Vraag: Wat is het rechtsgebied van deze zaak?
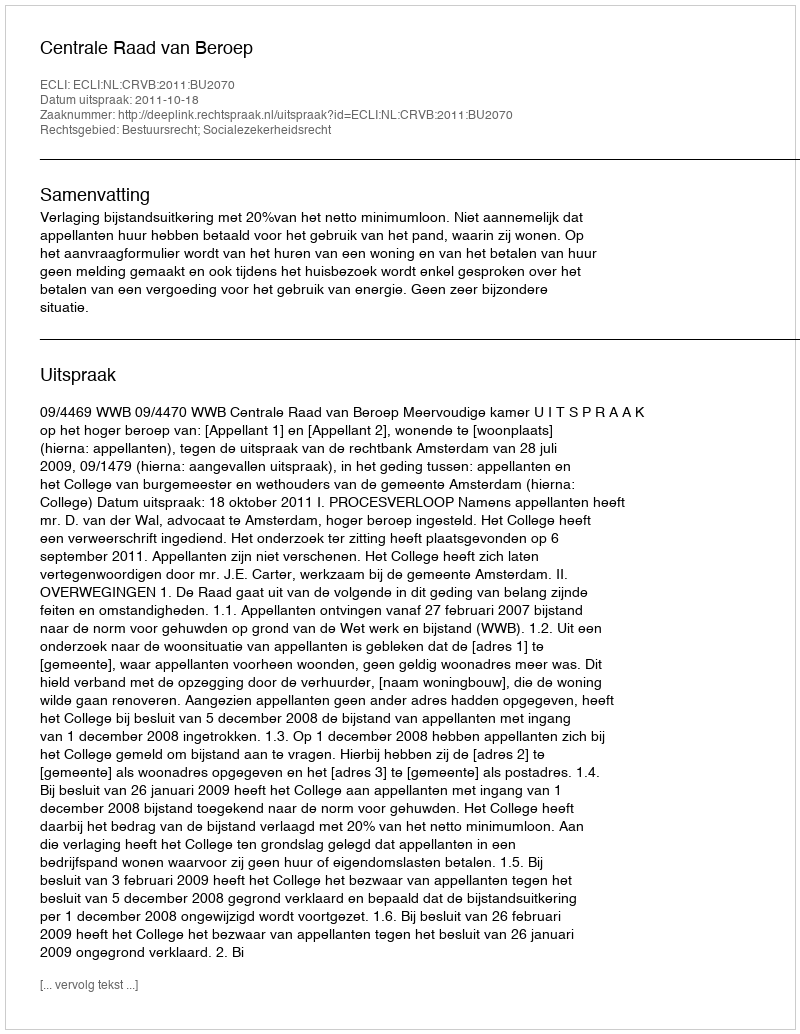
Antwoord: Bestuursrecht; Socialezekerheidsrecht